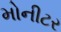
મોનીટર